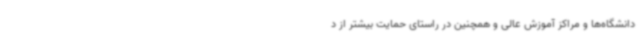
دانشگاه‌ها و مراکز آموزش عالی و همچنین در راستای حمایت بیشتر از د